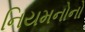
નિયમનોનો